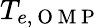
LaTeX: T_{e,\mathrm{~O~M~P~}}